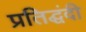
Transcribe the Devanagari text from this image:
प्रतिद्घंदी